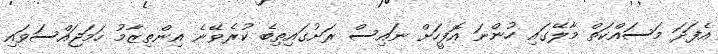
އެފަދަ މަސައްކަތް މާލޭގައި ހުންނަ އޮފީހަށް ނައިސް ރަށުގައިތިބެ ކުރެވޭނެ އިންތިޒާމު ހަމަޖައްސަވައި